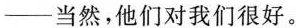
——当然，他们对我们很好。